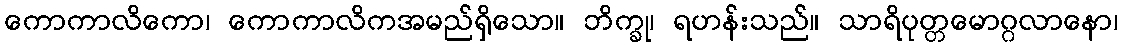
ကောကာလိကော၊ ကောကာလိကအမည်ရှိသော။ ဘိက္ခု၊ ရဟန်းသည်။ သာရိပုတ္တမောဂ္ဂလာနော၊